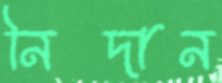
নিদান